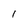
Character: l